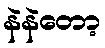
နဲနဲတော့